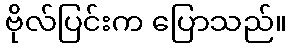
ဗိုလ်ပြင်းက ပြောသည်။